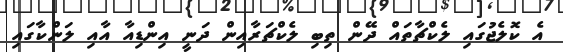
އެ ކޮލެޖުގައި ލެކްޗާތައް ދޭން ތިބި ލެކްޗަރާއިން ދަނީ އިންޑިއާ އާއި ލަންކާގައި